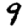
Digit: 9